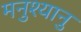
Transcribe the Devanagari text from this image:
मनुश्यानु